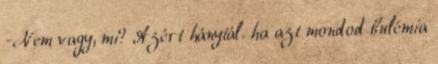
-Nem vagy, mi? Azért hánytál. ha azt mondod bulémia